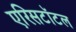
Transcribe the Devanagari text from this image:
एरिसटॉटल